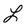
Character: L